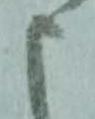
申